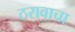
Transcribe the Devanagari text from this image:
ठरावाचा